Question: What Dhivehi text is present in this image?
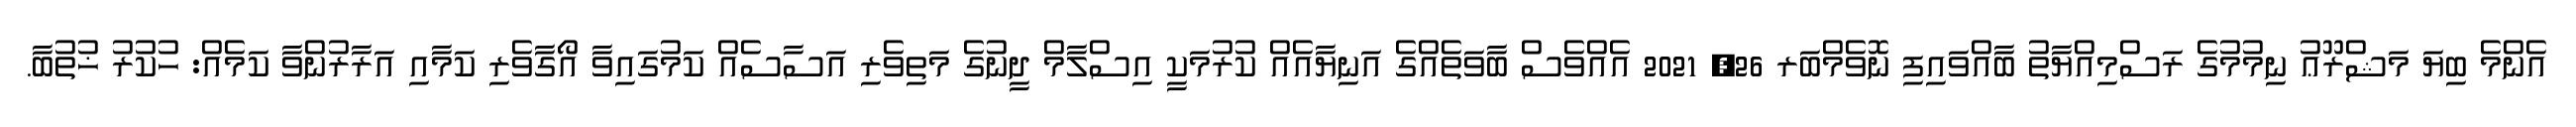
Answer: އެންމެ ބިޔަ މަޝްރޫޢު ނިމުމުގެ ރަސްމިއްޔާތު ބާއްވައިފި ނޮވެމްބަރ 26, 2021 އެއްވެސް ބާވަތެއްގެ އަނިޔާއެއް ކުރުމަކީ އިސްލާމް ދީނުގެ މަތިވެރި އަސާސެއް ކަމުގައިވާ އޯގާވެރި ކަމާއި އަރާރުންވާ ކަމެއް: ހުކުރު ޚުތުބާ.